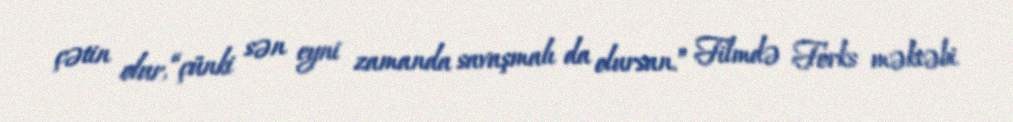
çətin olur, “çünki sən eyni zamanda savaşmalı da olursan.” Filmdə Forks məktəbi